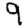
Digit: 9